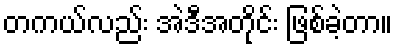
တကယ်လည်း အဲဒီအတိုင်း ဖြစ်ခဲ့တာ။